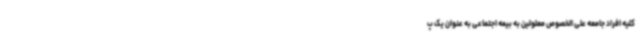
کلیه افراد جامعه علی الخصوص معلولین به بیمه اجتماعی به عنوان یک پ